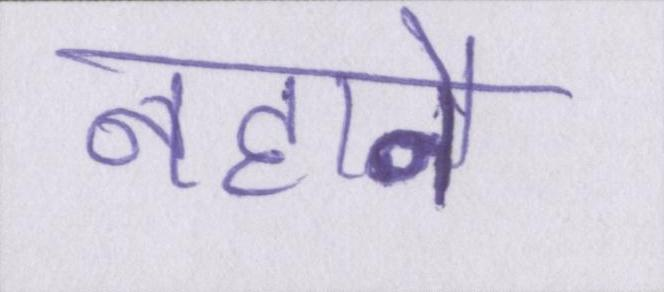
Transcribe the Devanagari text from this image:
नहाने